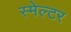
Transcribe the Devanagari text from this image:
स्मेल्टर